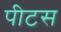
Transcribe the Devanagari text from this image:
पीटस